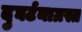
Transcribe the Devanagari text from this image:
दुघर्टनाग्रस्त